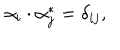
\alpha _ { i } \cdot \alpha _ { j } ^ { * } = \delta _ { i j } ,